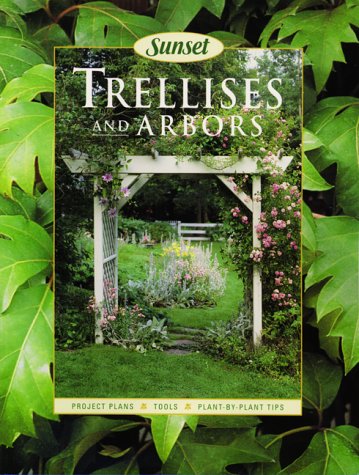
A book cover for Trellises and Arbors; Sunset Books; Crafts, Hobbies & Home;